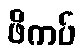
ဖိကပ်